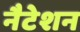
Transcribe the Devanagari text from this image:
नैटेशन